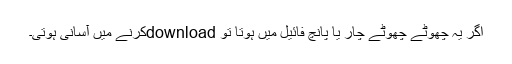
اگر یہ چھوٹے چھوٹے چار یا پانچ فائیل میں ہوتا تو downloadکرنے میں آسانی ہوتی۔